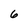
Character: 6